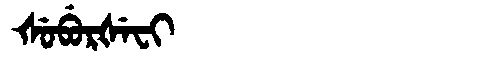
Manchu: ᡧᡠᠪᡠᡵᡧᡝᠸᡳ
Romanization: ŠUBURŠEFI